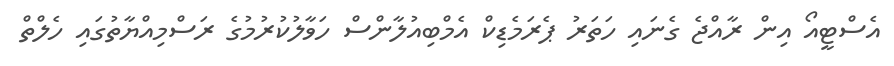
އެސްޓީއޯ އިން ރާއްޖެ ގެނައި ހަތަރު ޕެރަމެޑިކް އެމްބިއުލާންސް ހަވާލުކުރުމުގެ ރަސްމިއްޔާތުގައި ހެލްތް